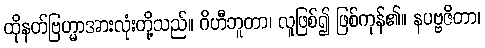
ထိုနတ်ဗြဟ္မာအားလုံးတို့သည်။ ဂိဟီဘူတာ၊ လူဖြစ်၍ ဖြစ်ကုန်၏။ နပဗ္ဗဇိတာ၊